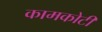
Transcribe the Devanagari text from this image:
कामकोटी